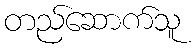
တည်ဆောက်သူ